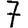
Digit: 7